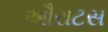
ઔરાટસ